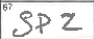
Transcription: SPZ